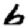
Digit: 6